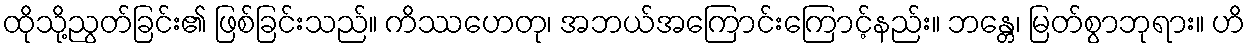
ထိုသို့ညွတ်ခြင်း၏ ဖြစ်ခြင်းသည်။ ကိဿဟေတု၊ အဘယ်အကြောင်းကြောင့်နည်း။ ဘန္တေ၊ မြတ်စွာဘုရား။ ဟိ